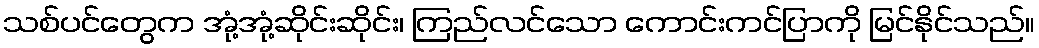
သစ်ပင်တွေက အုံ့အုံ့ဆိုင်းဆိုင်း၊ ကြည်လင်သော ကောင်းကင်ပြာကို မြင်နိုင်သည်။